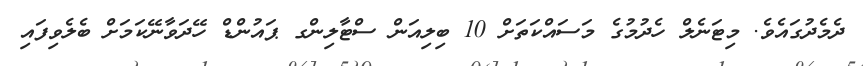
ދެމެދުގައެވެ. މިޓަނެލް ހެދުމުގެ މަސައްކަތަށް 10 ބިލިއަން ސްޓާލިންގ ޕައުންޑް ހޭދަވާނޭކަމަށް ބެލެވިފައި